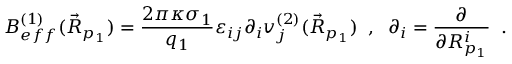
B _ { e f f } ^ { ( 1 ) } ( \vec { R } _ { p _ { 1 } } ) = \frac { 2 \pi \kappa \sigma _ { 1 } } { q _ { 1 } } \varepsilon _ { i j } \partial _ { i } v _ { j } ^ { ( 2 ) } ( \vec { R } _ { p _ { 1 } } ) \; \; , \; \; \partial _ { i } = \frac { \partial } { \partial R _ { p _ { 1 } } ^ { i } } \; \; .